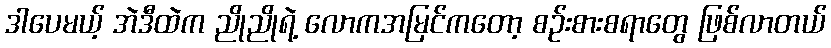
ဒါပေမယ့် အဲဒီထဲက ညိုညိုရဲ့ လောကအမြင်ကတော့ စဉ်းစားစရာတွေ ဖြစ်လာတယ်